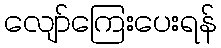
လျော်ကြေးပေးရန်